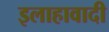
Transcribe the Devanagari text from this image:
इलाहावादी